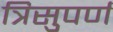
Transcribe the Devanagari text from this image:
त्रिसुपर्ण